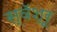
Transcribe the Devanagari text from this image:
स्वॅश्रू